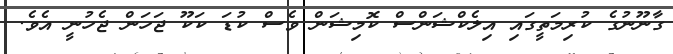
ގާނޫނުގެ ކުރިމަތީގައި އިލެކްޝަންސް ކޮމިޝަން ވެސް ކުޑަ ކަކޫ ޖަހަން ޖެހުނީ އެވެ.